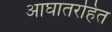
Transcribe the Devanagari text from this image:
आघातरहित